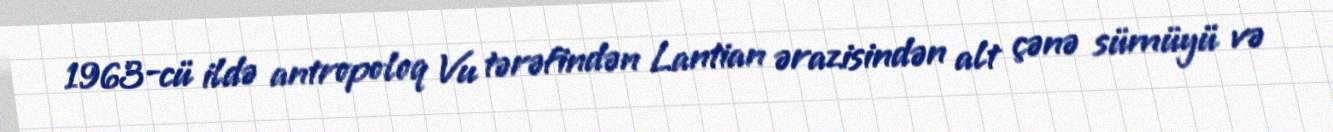
1963-cü ildə antropoloq Vu tərəfindən Lantian ərazisindən alt çənə sümüyü və